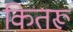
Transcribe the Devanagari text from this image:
कितरू